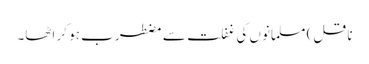
ناقل) مسلمانوں کی غفلت سے مضطرب ہو کر اٹھا۔